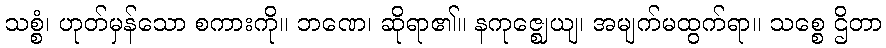
သစ္စံ၊ ဟုတ်မှန်သော စကားကို။ ဘဏေ၊ ဆိုရာ၏။ နကုဇ္ဈေယျ၊ အမျက်မထွက်ရာ။ သစ္စေ ဌိတာ